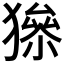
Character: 𤡅